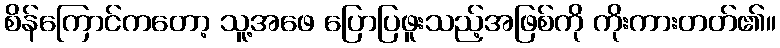
စိန်ကြောင်ကတော့ သူ့အဖေ ပြောပြဖူးသည့်အဖြစ်ကို ကိုးကားတတ်၏။